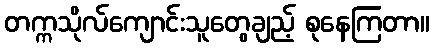
တက္ကသိုလ်ကျောင်းသူတွေချည့် စုနေကြတာ။